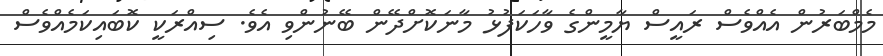
މެމްބަރުން އެއްވެސް ރައީސް ޔާމީންގެ ވާހަކަފުޅު މާނަކޮށްދޭން ބޭނުންވި އެވެ. ސިއްރަކީ ކޮބައިކަމެއްވެސް